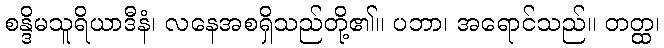
စန္ဒိမသူရိယာဒီနံ၊ လနေအစရှိသည်တို့၏။ ပဘာ၊ အရောင်သည်။ တတ္ထ၊